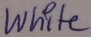
Text: White